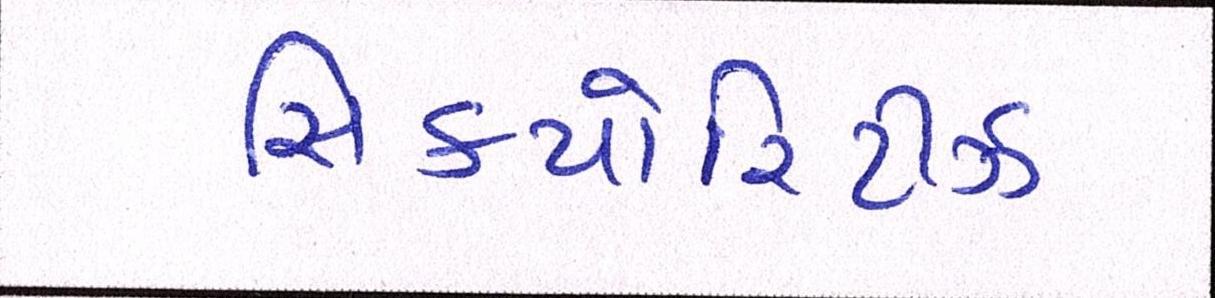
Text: સિક્યોરિટીઝ